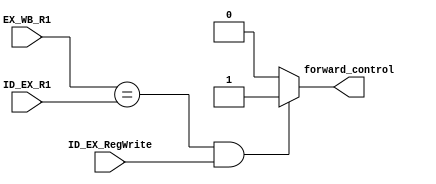
module Forwarding_Unit(
  input [2:0] EX_WB_R1,ID_EX_R1,
  input ID_EX_RegWrite,
  output reg forward_control);
  
  always@(*)
  begin
    if((EX_WB_R1 == ID_EX_R1)&&(ID_EX_RegWrite == 1))
      forward_control = 1;
    else
      forward_control = 0;
  end
  
endmodule